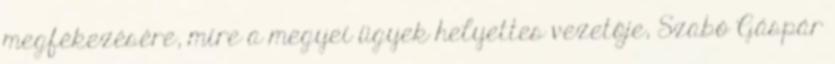
megfékezésére, mire a megyei ügyek helyettes vezetője, Szabó Gáspár